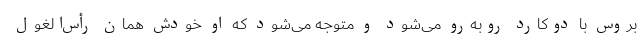
بروس با دوکارد روبه‌رو می‌شود و متوجه می‌شود که او خودش همان رأس‌الغول